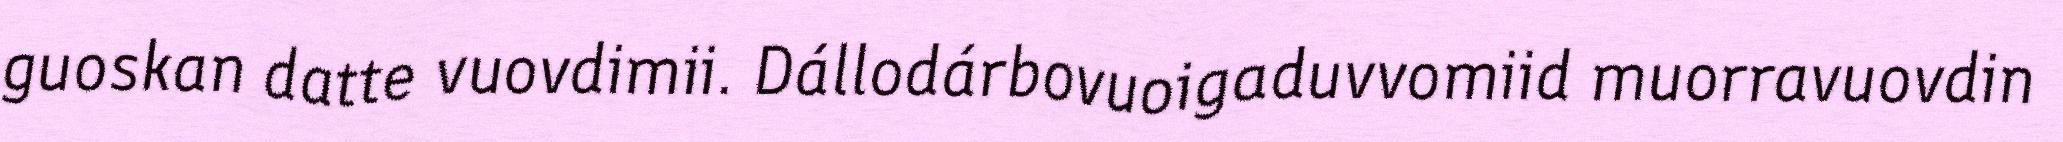
guoskan datte vuovdimii. Dállodárbovuoigaduvvomiid muorravuovdin